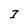
Character: I